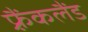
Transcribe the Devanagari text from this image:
फ़्रैंकलैंड